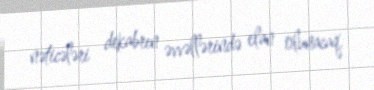
nəticələri dekabrın əvvəllərində elan olunacaq.